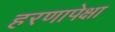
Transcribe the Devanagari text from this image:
हरणापेक्षा